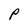
Character: p